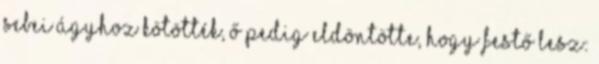
sebei ágyhoz kötötték, ő pedig eldöntötte, hogy festő lesz: